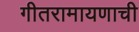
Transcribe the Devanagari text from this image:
गीतरामायणाची